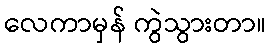
လေကာမှန် ကွဲသွားတာ။